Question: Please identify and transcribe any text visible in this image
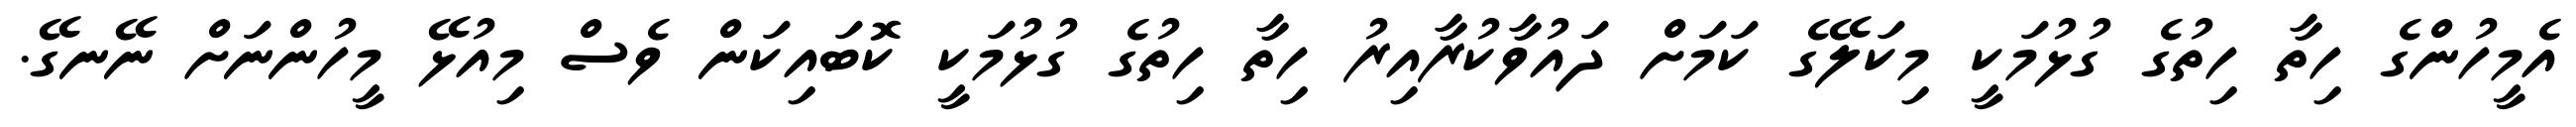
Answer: އެމީހުންގެ ހިތާ ހިތުގެ ގުޅުމަކީ މިކަލޭގެ ކަމަށް ދައުވާކުރާއިރު ހިތާ ހިތުގެ ގުޅުމަކީ ކޮބައިކަން ވެސް މިއުޅޭ މީހުންނަށް ނޭނގޭ.